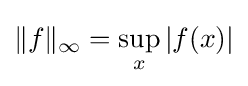
\|f\|_{\infty }=\sup _{x}|f(x)|